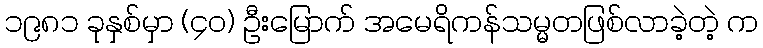
၁၉၈၁ ခုနှစ်မှာ (၄၀) ဦးမြောက် အမေရိကန်သမ္မတဖြစ်လာခဲ့တဲ့ က